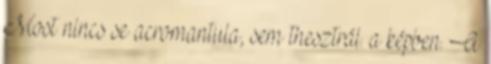
Most nincs se acromantula, sem thesztrál. a képben. A